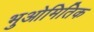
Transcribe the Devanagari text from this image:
भुओमितिक